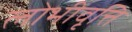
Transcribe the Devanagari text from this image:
लोभीवृत्ति